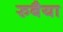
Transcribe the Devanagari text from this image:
रुबैया